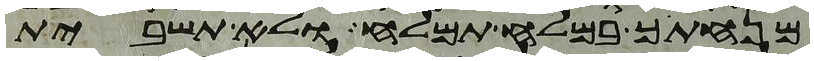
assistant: מנחתך במלח תמלח ולא תשבית